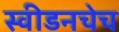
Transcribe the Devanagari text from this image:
स्वीडनचेच